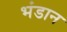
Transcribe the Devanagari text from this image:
भंडान